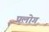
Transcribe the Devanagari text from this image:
प्रलोग